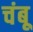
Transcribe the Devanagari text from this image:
चंबू